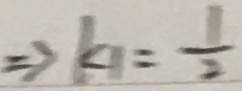
\Rightarrow k _ { 1 } = \frac { 1 } { 2 }